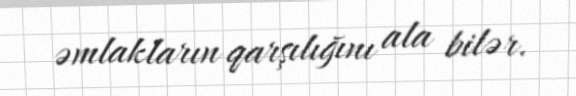
əmlakların qarşılığını ala bilər.